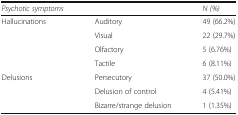
<table><thead><tr><td><b><i>Psychotic symptoms</i></b></td><td></td><td><b><i>N (%)</i></b></td></tr></thead><tbody><tr><td rowspan="4">Hallucinations</td><td>Auditory</td><td>49 (66.2%)</td></tr><tr><td>Visual</td><td>22 (29.7%)</td></tr><tr><td>Olfactory</td><td>5 (6.76%)</td></tr><tr><td>Tactile</td><td>6 (8.11%)</td></tr><tr><td rowspan="3">Delusions</td><td>Persecutory</td><td>37 (50.0%)</td></tr><tr><td>Delusion of control</td><td>4 (5.41%)</td></tr><tr><td>Bizarre/strange delusion</td><td>1 (1.35%)</td></tr></tbody></table>